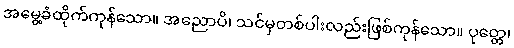
အမွေ့ခံထိုက်ကုန်သော။ အညောပိ၊ သင်မှတစ်ပါးလည်းဖြစ်ကုန်သော။ ပုတ္တေ၊